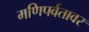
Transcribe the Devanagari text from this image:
मणिपर्वतावर